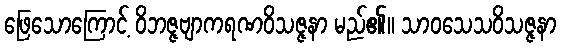
ဖြေသောကြောင့် ဝိဘဇ္ဇဗျာကရဏဝိသဇ္ဇနာ မည်၏။ သာဝသေသဝိသဇ္ဇနာ